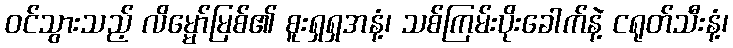
ဝင်သွားသည့် လိမ္မော်မြစ်၏ စူးရှရှအနံ့၊ သစ်ကြမ်းပိုးခေါက်နဲ့ ငရုတ်သီးနံ့၊